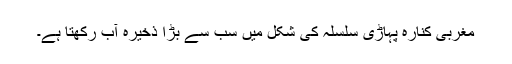
مغربی کنارہ پہاڑی سلسلہ کی شکل میں سب سے بڑا ذخیرہ آب رکھتا ہے۔